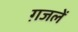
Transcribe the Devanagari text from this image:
ग़जलें